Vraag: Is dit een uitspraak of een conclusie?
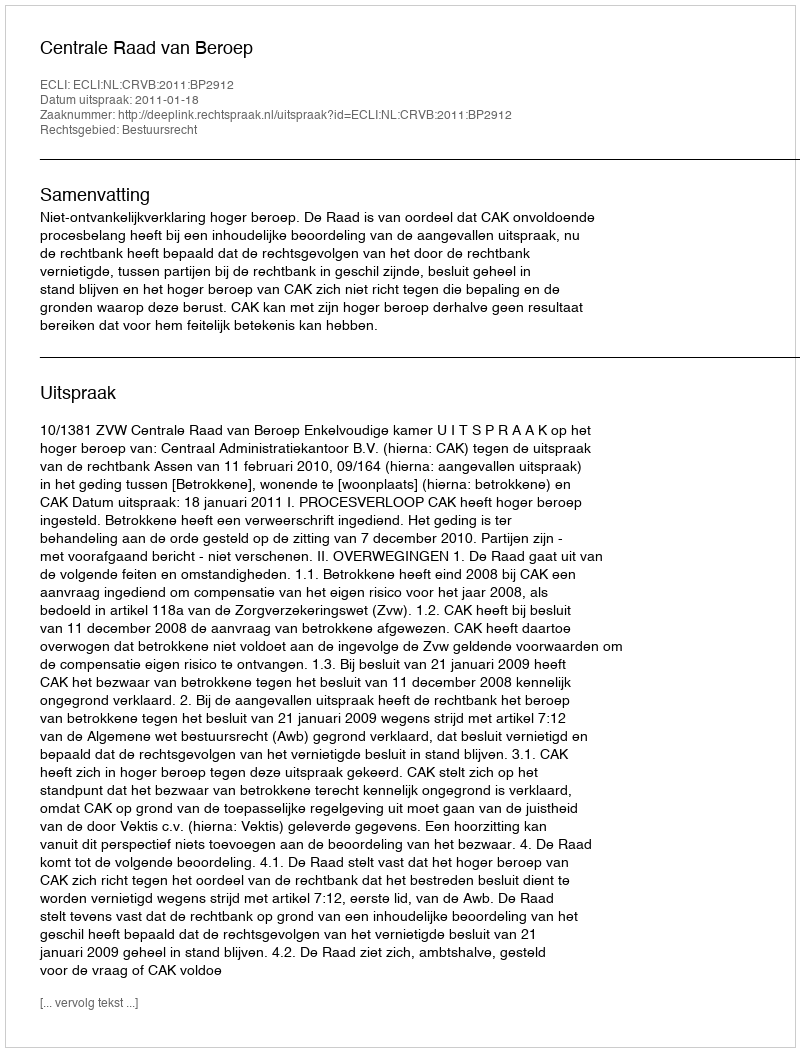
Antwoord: Uitspraak